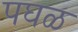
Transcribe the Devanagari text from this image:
पघळ